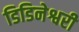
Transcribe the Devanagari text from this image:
डिडिनेश्वरी